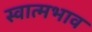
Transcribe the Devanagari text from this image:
स्वात्मभाव